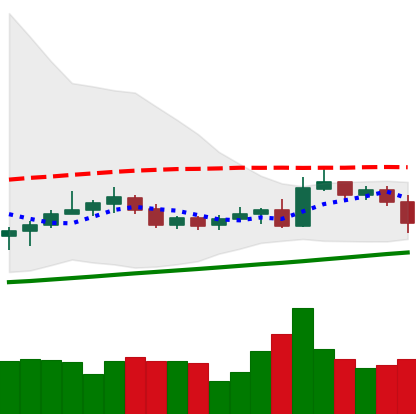
Ticker: NEO-USD
Chart end date: 2020-10-26
Forward return: -13.836%
Label: down_7plus